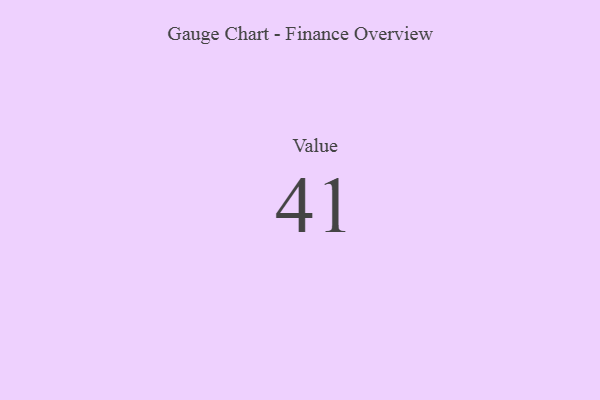
{"axis": {"x": "Metric", "y": "Value"}, "legend": [""], "data": [{"x": "Value", "y": 41, "type": ""}]}